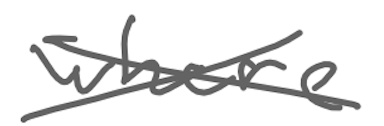
Text: where
Cross-out: cross
Writing tool: digital_gray